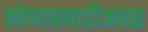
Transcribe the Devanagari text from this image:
लोणारवाडीजवळ